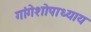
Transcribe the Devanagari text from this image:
गांगेशोपाध्याय